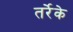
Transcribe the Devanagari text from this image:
तर्रेके